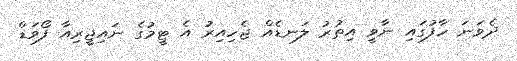
ދެވަނަ ހާފުގައި ނާވީ އިތުރު ލަނޑެއް ޖެހިއިރު އެ ޓީމުގެ ނައިޖީރިއާ ފޯވަޑް